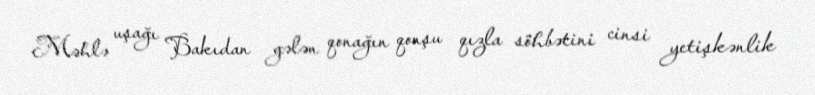
Məhlə uşağı Bakıdan gələn qonağın qonşu qızla söhbətini cinsi yetişkənlik